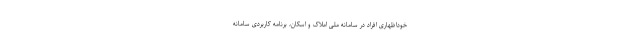
خوداظهاری افراد در سامانه ملی املاک و اسکان، برنامه کاربردی سامانه